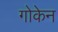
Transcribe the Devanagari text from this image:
गोकेन